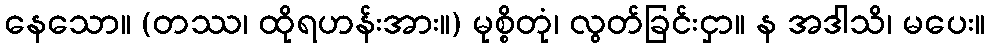
နေသော။ (တဿ၊ ထိုရဟန်းအား။) မုစ္စိတုံ၊ လွတ်ခြင်းငှာ။ န အဒါသိ၊ မပေး။